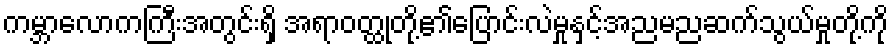
ကမ္ဘာလောကကြီးအတွင်းရှိ အရာဝတ္ထုတို့၏ပြောင်းလဲမှုနှင့်အညမညဆက်သွယ်မှုတို့ကို